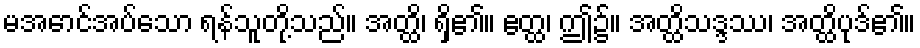
မအောင်အပ်သော ရန်သူတို့သည်။ အတ္ထိ၊ ရှိ၏။ ဧတ္ထ၊ ဤ၌။ အတ္ထိသဒ္ဒဿ၊ အတ္ထိပုဒ်၏။